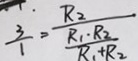
\frac { 3 } { 1 } = \frac { R _ { 2 } } { \frac { R _ { 1 } \cdot R _ { 2 } } { R _ { 1 } + R _ { 2 } } }